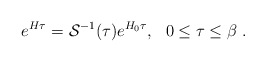
\begin{align*}e^{H \tau} = { \cal S}^{-1}({\tau}) e^{H_0 \tau}, \,\,\,\, 0 \leq \tau \leq \beta \; .\end{align*}